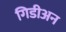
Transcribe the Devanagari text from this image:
गिडीअन